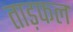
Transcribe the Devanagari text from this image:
ताड़फल